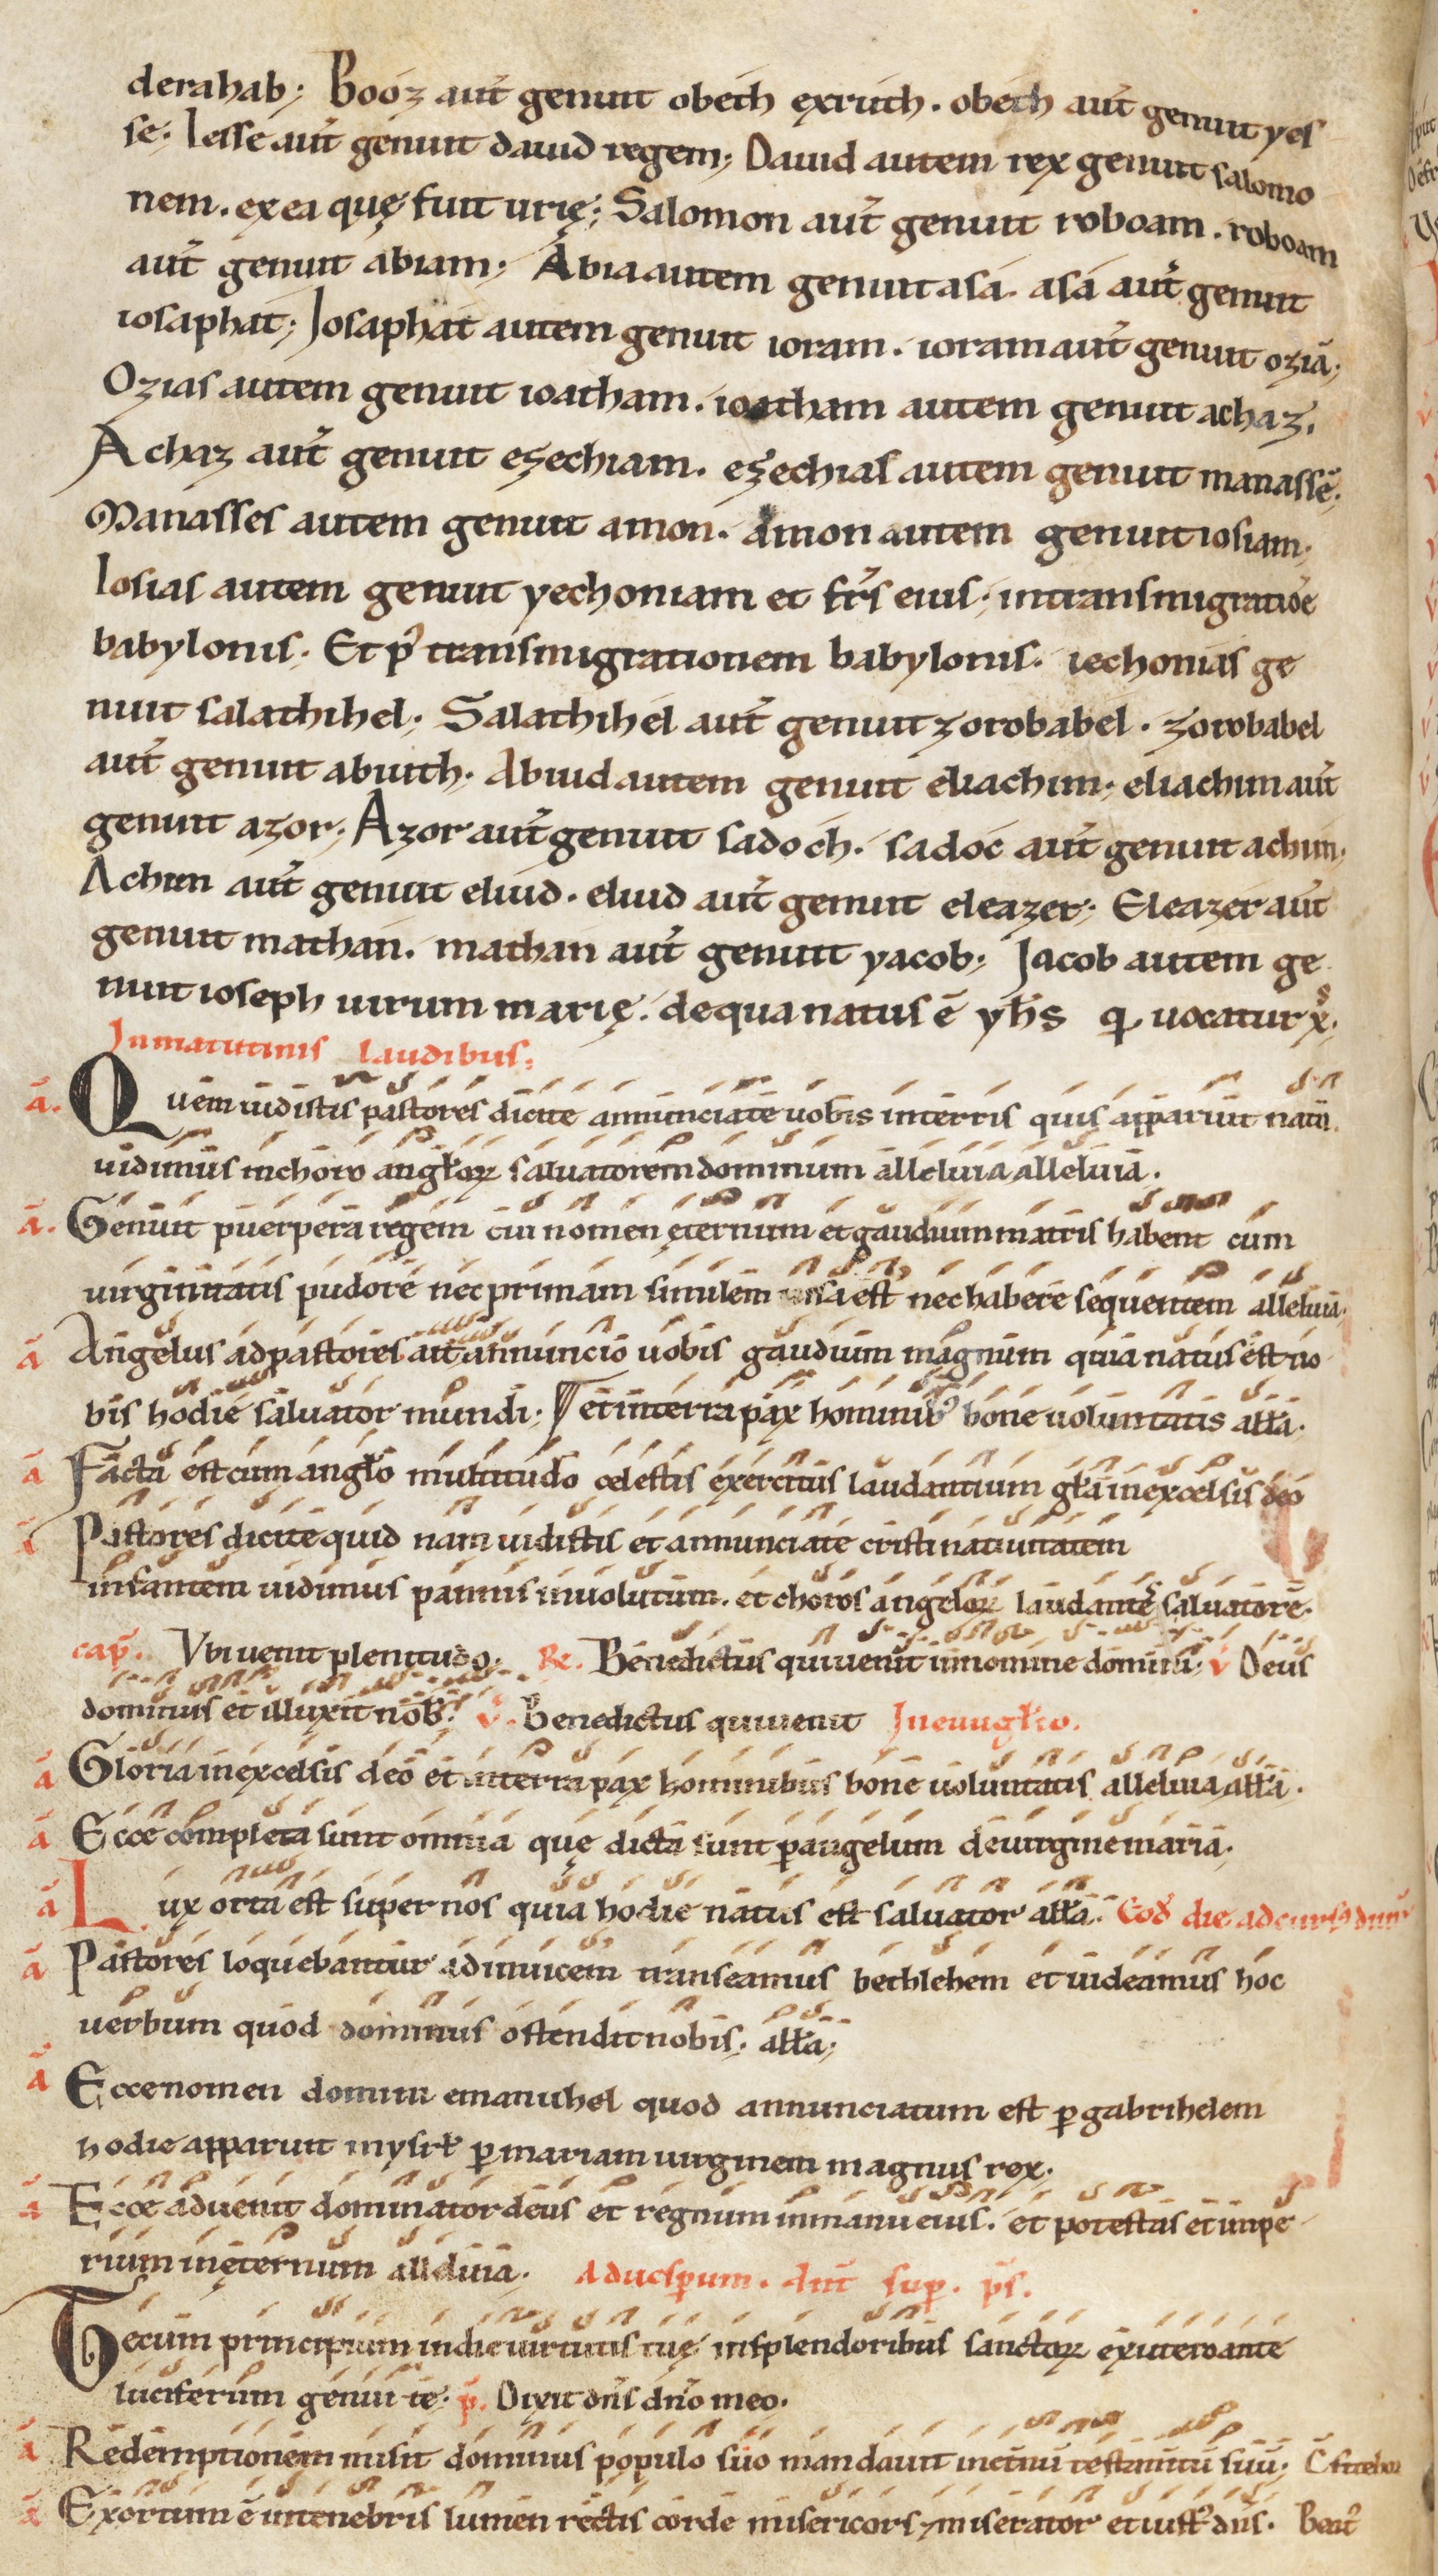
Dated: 1100–1199